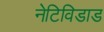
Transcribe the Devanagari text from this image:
नेटिविडाड